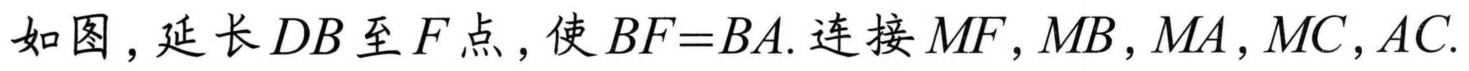
如图，延长\(DB\)至\(F\)点，使\(BF = BA\). 连接\(MF,MB,MA,MC,AC\).